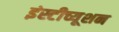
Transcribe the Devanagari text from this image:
इंस्टीच्यूशन